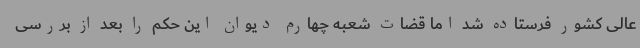
عالی کشور فرستاده شد اما قضات شعبه چهارم دیوان این حکم را بعد از بررسی